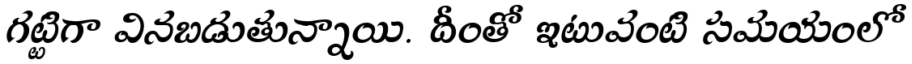
గట్టిగా వినబడుతున్నాయి. దీంతో ఇటువంటి సమయంలో